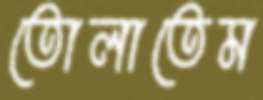
তোলাতেম